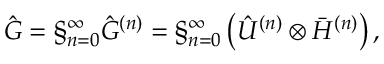
\hat { G } = \S _ { n = 0 } ^ { \infty } \hat { G } ^ { ( n ) } = \S _ { n = 0 } ^ { \infty } \left( \hat { \cal U } ^ { ( n ) } \otimes { \bar { \cal H } } ^ { ( n ) } \right) ,